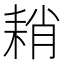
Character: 𦓴